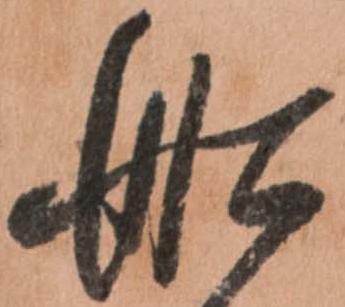
船